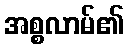
အစ္စလာမ်၏